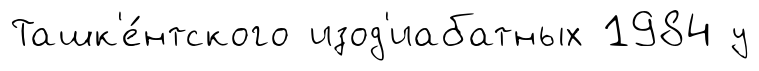
Ташк'е́нтского изод'иабатных 1984 у